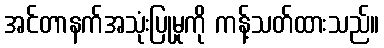
အင်တာနက်အသုံးပြုမှုကို ကန့်သတ်ထားသည်။